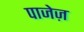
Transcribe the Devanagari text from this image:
पाजेज़